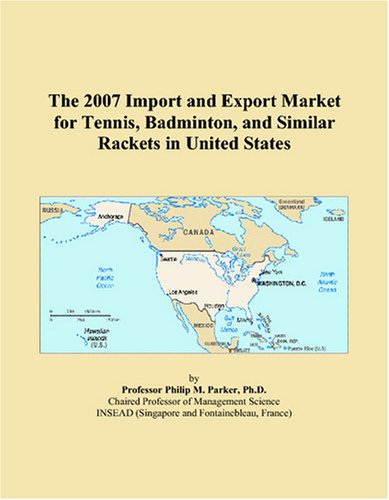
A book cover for The 2007 Import and Export Market for Tennis, Badminton, and Similar Rackets in United States; Philip M. Parker; Sports & Outdoors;